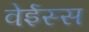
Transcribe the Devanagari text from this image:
वेईस्स